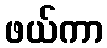
ဖယ်ကာ